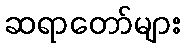
ဆရာတော်များ